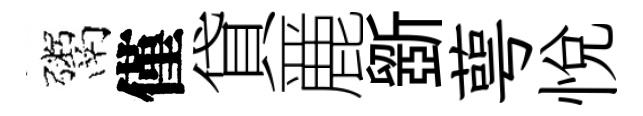
鬻僅貸䴡斵萼悦